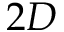
2 D